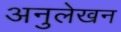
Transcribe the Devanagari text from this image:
अनुलेखन